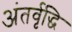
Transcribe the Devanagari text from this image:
अंतर्वृद्धि